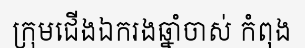
ក្រុមជើងឯករងឆ្នាំចាស់ កំពុង